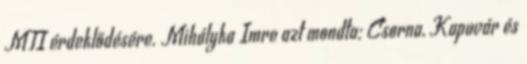
MTI érdeklődésére. Mihályka Imre azt mondta: Csorna, Kapuvár és